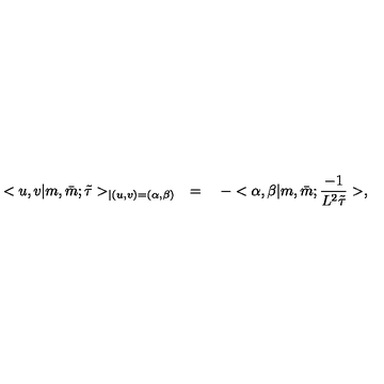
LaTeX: < u , v | m , \bar { m } ; \tilde { \tau } > _ { | ( u , v ) = ( \alpha , \beta ) } \quad = \quad - < \alpha , \beta | m , \bar { m } ; \frac { - 1 } { L ^ { 2 } \tilde { \tau } } > ,